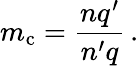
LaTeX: m_{\mathrm{c}}={\frac{nq^{\prime}}{n^{\prime}q}}\, .